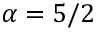
\alpha = 5 / 2